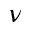
\nu